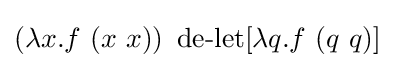
(\lambda x.f\ (x\ x))\ \operatorname {de-let} [\lambda q.f\ (q\ q)]